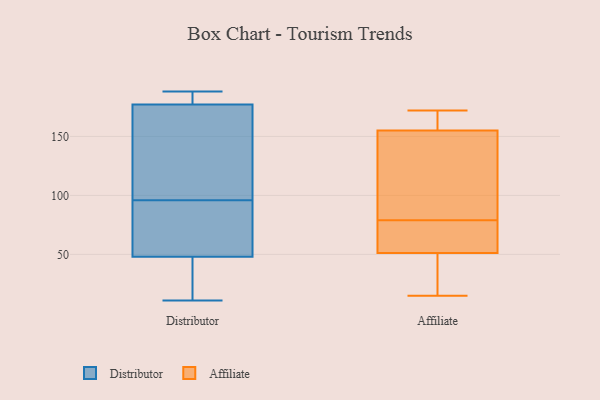
{"axis": {"x": "Temperature (°C)", "y": "Value"}, "legend": ["Affiliate", "Distributor"], "data": [{"x": "", "y": 13, "type": "Distributor"}, {"x": "", "y": 93, "type": "Distributor"}, {"x": "", "y": 67, "type": "Distributor"}, {"x": "", "y": 188, "type": "Distributor"}, {"x": "", "y": 131, "type": "Distributor"}, {"x": "", "y": 42, "type": "Distributor"}, {"x": "", "y": 11, "type": "Distributor"}, {"x": "", "y": 22, "type": "Distributor"}, {"x": "", "y": 180, "type": "Distributor"}, {"x": "", "y": 75, "type": "Distributor"}, {"x": "", "y": 177, "type": "Distributor"}, {"x": "", "y": 145, "type": "Distributor"}, {"x": "", "y": 48, "type": "Distributor"}, {"x": "", "y": 49, "type": "Distributor"}, {"x": "", "y": 180, "type": "Distributor"}, {"x": "", "y": 99, "type": "Distributor"}, {"x": "", "y": 187, "type": "Distributor"}, {"x": "", "y": 116, "type": "Distributor"}, {"x": "", "y": 15, "type": "Affiliate"}, {"x": "", "y": 140, "type": "Affiliate"}, {"x": "", "y": 79, "type": "Affiliate"}, {"x": "", "y": 162, "type": "Affiliate"}, {"x": "", "y": 67, "type": "Affiliate"}, {"x": "", "y": 160, "type": "Affiliate"}, {"x": "", "y": 25, "type": "Affiliate"}, {"x": "", "y": 52, "type": "Affiliate"}, {"x": "", "y": 111, "type": "Affiliate"}, {"x": "", "y": 172, "type": "Affiliate"}, {"x": "", "y": 51, "type": "Affiliate"}]}